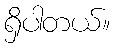
ရှိပါတယ်။